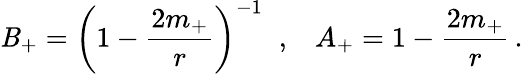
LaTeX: \mathit{B}_{+}=\left(1-\frac{{2m_{+}}}{{r}}\right)^{-1}\; \; ,\; \; \; A_{+}=1-\frac{{2m_{+}}}{{r}}\, .